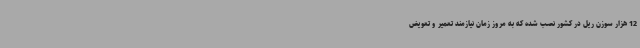
12 هزار سوزن ریل در کشور نصب شده که به مروز زمان نیازمند تعمیر و تعویض